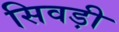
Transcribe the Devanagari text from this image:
सिवड़ी